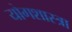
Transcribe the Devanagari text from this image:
योगशास्त्रा